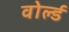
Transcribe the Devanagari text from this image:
वोर्ल्ड